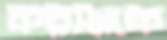
করীমকে